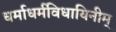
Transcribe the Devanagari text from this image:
धर्माधर्मविधायिनीम्